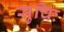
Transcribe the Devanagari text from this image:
सुचिः